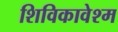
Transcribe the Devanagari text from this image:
शिविकावेश्म